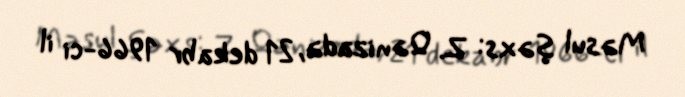
Məsul şəxs: Z. Qənizadə, 21 dekabr 1966-ci il